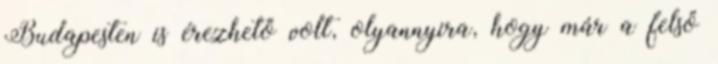
Budapesten is érezhető volt, olyannyira, hogy már a felső